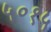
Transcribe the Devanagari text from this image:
५०१५